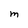
Character: M